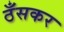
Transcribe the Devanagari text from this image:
ठँसकर